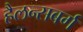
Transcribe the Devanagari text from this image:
हैलन्सबर्ग